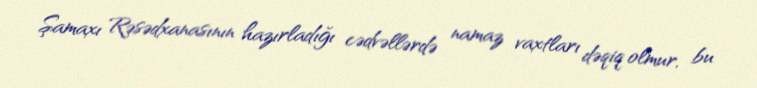
Şamaxı Rəsədxanasının hazırladığı cədvəllərdə namaz vaxtları dəqiq olmur, bu